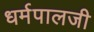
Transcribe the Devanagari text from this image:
धर्मपालजी